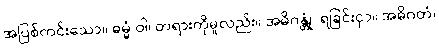
အပြစ်ကင်းသော။ ဓမ္မံ ဝါ၊ တရားကိုမူလည်း။ အဓိဂန္တုံ၊ ရခြင်းငှာ။ အဓိဂတံ၊